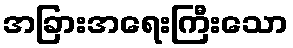
အခြားအရေးကြီးသော